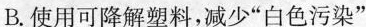
B.使用可降解塑料，减少”白色污染”